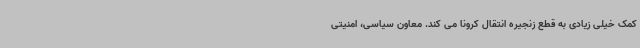
کمک خیلی زیادی به قطع زنجیره انتقال کرونا می کند. معاون سیاسی، امنیتی